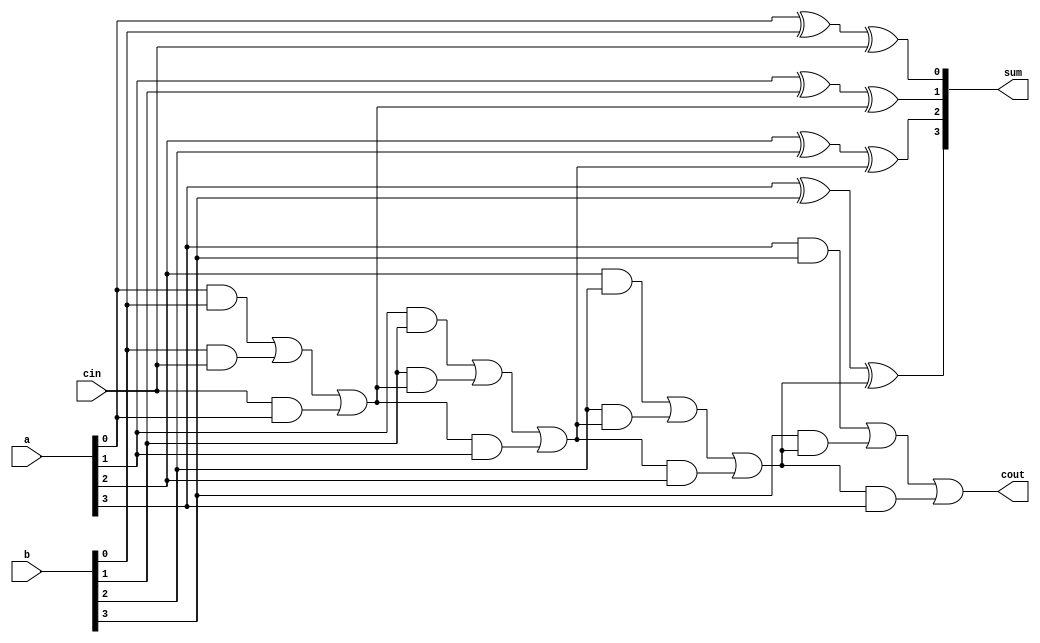
`timescale 1ns / 1ps
//////////////////////////////////////////////////////////////////////////////////
// Company: 
// Engineer: 
// 
// Design Name: 
// Module Name:    RCA_B 
// Project Name: 
// Target Devices: 
// Tool versions: 
// Description: 
//
// Dependencies: 
//
// Revision: 
// Revision 0.01 - File Created
// Additional Comments: 
//
//////////////////////////////////////////////////////////////////////////////////
module RCA_B(
    input [3:0] a,
    input [3:0] b,
    input cin,
    output reg [3:0] sum,
    output reg  cout
    );
	reg c0,c1,c2;
always @(a,b,cin)
begin

	 sum[0]=a[0]^b[0]^cin;
	c0=(a[0]&b[0])|(b[0]&cin)|(cin&a[0]);
	  sum[1]=a[1]^b[1]^c0;
	  c1=(a[1]&b[1])|(b[1]&c0)|(c0&a[1]);
	 sum[2]=a[2]^b[2]^c1;
	  c2=(a[2]&b[2])|(b[2]&c1)|(c1&a[2]);
	 sum[3]=a[3]^b[3]^c2;
	 cout=(a[3]&b[3])|(b[3]&c2)|(c2&a[3]);
end

endmodule